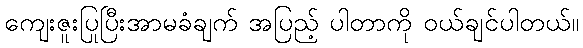
ကျေးဇူးပြုပြီးအာမခံချက် အပြည့် ပါတာကို ဝယ်ချင်ပါတယ်။